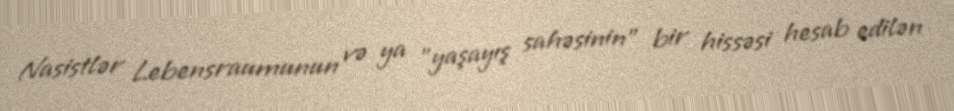
Nasistlər Lebensraumunun və ya "yaşayış sahəsinin" bir hissəsi hesab edilən